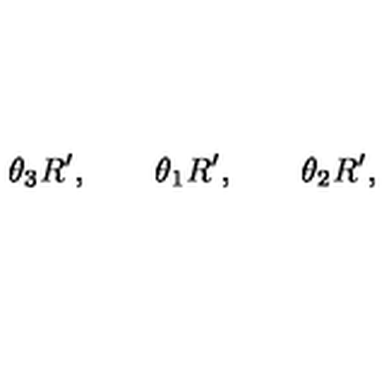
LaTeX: \theta _ { 3 } R ^ { \prime } , \qquad \theta _ { 1 } R ^ { \prime } , \qquad \theta _ { 2 } R ^ { \prime } ,